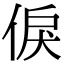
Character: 㑦